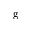
\mathrm { g }